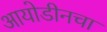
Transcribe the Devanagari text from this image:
आयोडीनचा